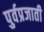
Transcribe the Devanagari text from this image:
पुर्वप्रजाती